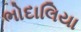
ભોદાલિયા